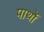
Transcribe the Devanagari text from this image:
पार्थो